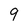
Character: 9